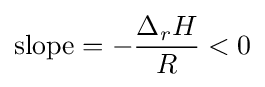
{\text{slope}}=-{\frac {\Delta _{r}H}{R}}<0